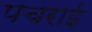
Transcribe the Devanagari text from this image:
पचराई